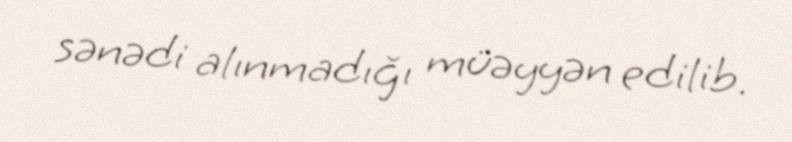
sənədi alınmadığı müəyyən edilib.